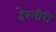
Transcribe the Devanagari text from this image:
हेरगीरी